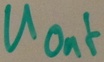
Text: UOut